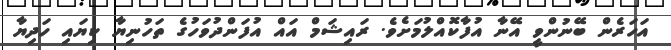
އަހަރެން ބޭނުންވީ އޭނާ އުފާކޮއްލުމަށެވެ. ރައިޝަމް އައް އުފަންދުވަހުގެ ތަހުނިޔާ ކިޔައި ހަދިޔާ